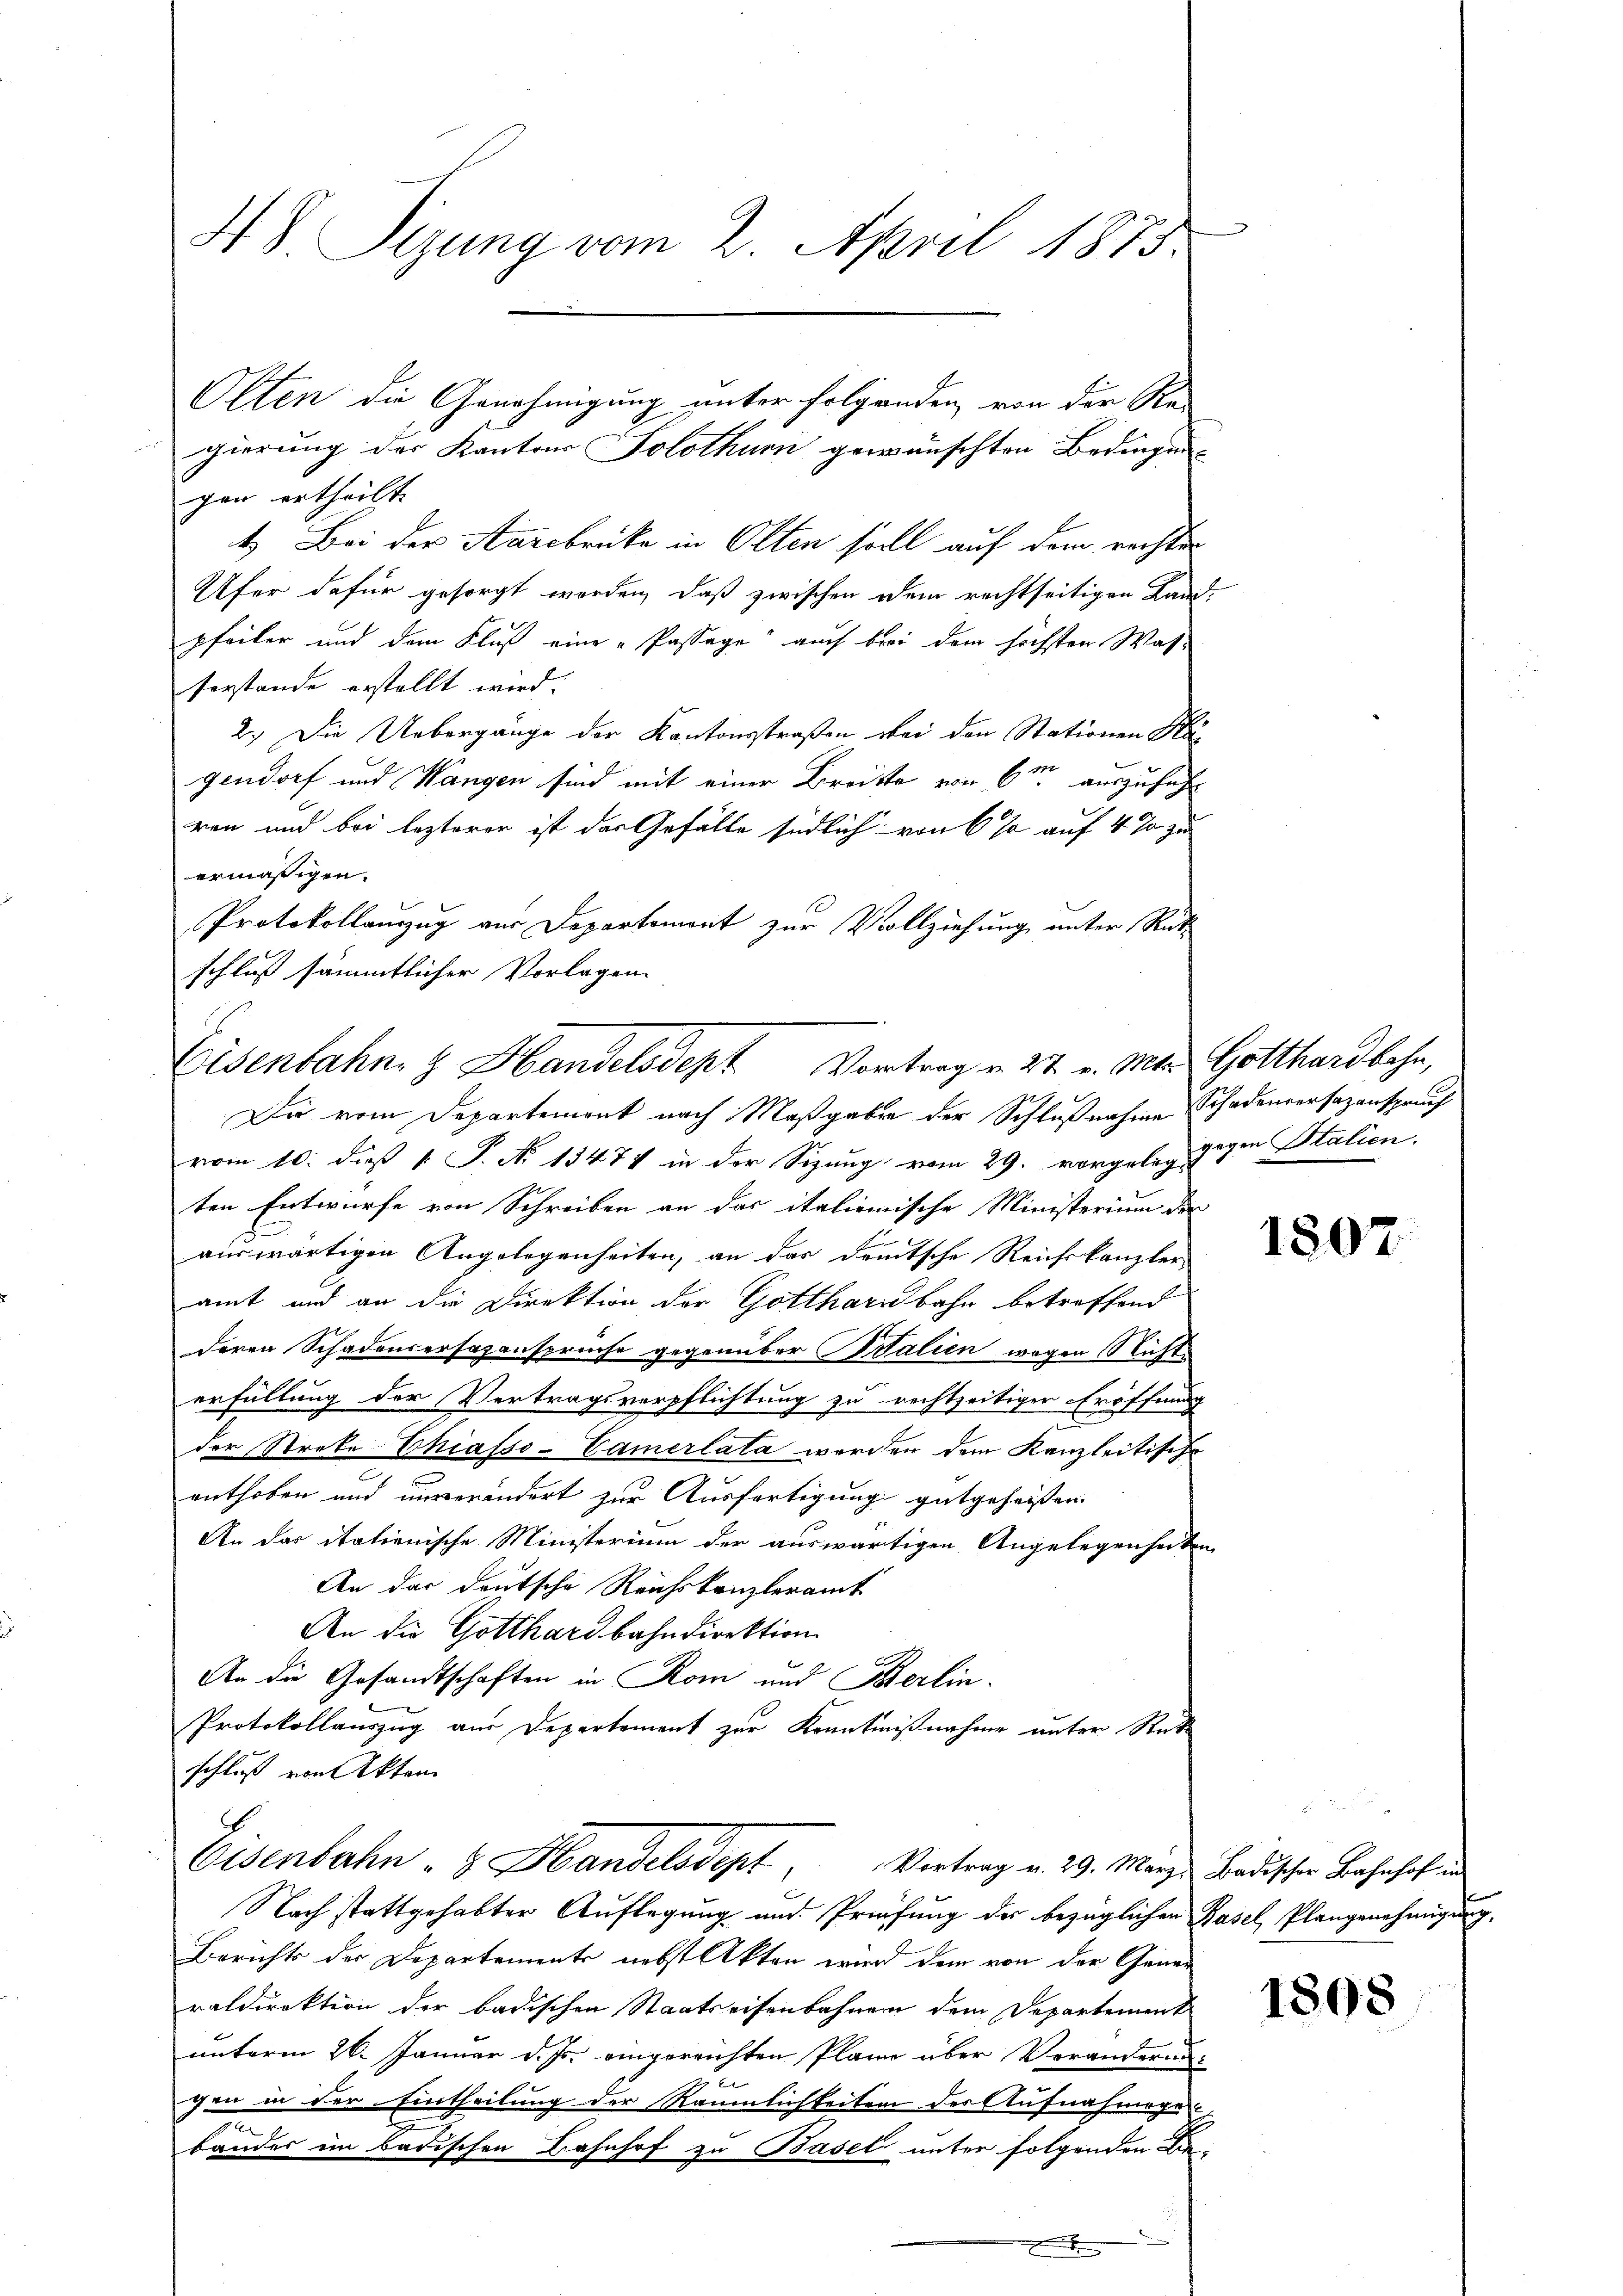
48 Sizung vom 2. April 1875.

gen ertheilt. |
4.) Bei der Aarcbrüke in Olten soll auf dem rechter
Ufer dafür gesorgt worden, daß zwischen dem rechtseitigen Land
pfeiler und dem Fluß eine „Passage auch bei dem höchsten Wasserstände erstellt wird.
2.) Die Uebergänge der Kantonsstraßen bei den Stationen Nagendorf und Wangen sind mit einer Breitte von 6m auszuführ
ren und bei lezterer ist das Gefälle südlich von 6 Ja auf 4 Ja zu
ermäßigen.
Protokollanzug aus Departemont zur Vollziehung unter Rück
schluß sämmtlicher Vorlagen
Die vom Departement nach Maßgaben der Schlußnahme Schadenversazanspruch
vom 10. daß 1. P. N. 15471 in der Sizung vom 29. vorgeleg gegen Stalien,
ten Entwurfe von Schreiben an das italienische Ministerium der
d
auswärtigen Angelegenheiten, an das deutsche Reichskanzler
amt und an die Direktion der Gotthardbahn betreffend
deren Schadensersazanspruche gegenüber Salien wegen Nichte
erfüllung der Vertragsverpflichtung zu rechtzeitiger Eröffnung
der Streke-Chiasso-Camerlata werden dem Kanzleitische
enthoben und unverändert zur Ausfertigung gutgeheissen.
An das italienische Ministerium der auswärtigen Angelegenheiten
An das deutsche Reichskanzleramt
An die Gotthardbahndirektion
An die Gesandtschaften in Rom und Berlin.
Protokollauszug aus Departement zur Kenntnißnahme unter Rat
schluß von Akten
Eisenbahn - Handelsdept, Vortrag v. 29. März badischen Bahnhof in
Nach stattgehabter Auflegung und Prüfung des bezüglichen Basel, Plangenehmigung
Berichts der Departements nebst Akten wird dem von der Gener
raldirektion der badischen Staatseisenbahnen dem Departement
unterm 26. Januar d. Js. eingereichten Plan über Veränderungen in der Eintheilung der Räumlichkeiten der Aufnahmegen
n
bandes im badischen Bahnhof zu Basel unter folgenden Be¬

Olten die Genehmigung unter folgenden, von der Re-
gierung des Kantons Solothurn gewünschten Bedingen-

Eisenbahn & Handelsdept Vortrag v. 27. v. Mts. Gotthardbahn,

1807.

1808